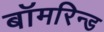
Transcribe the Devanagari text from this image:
बॉमरिन्ड